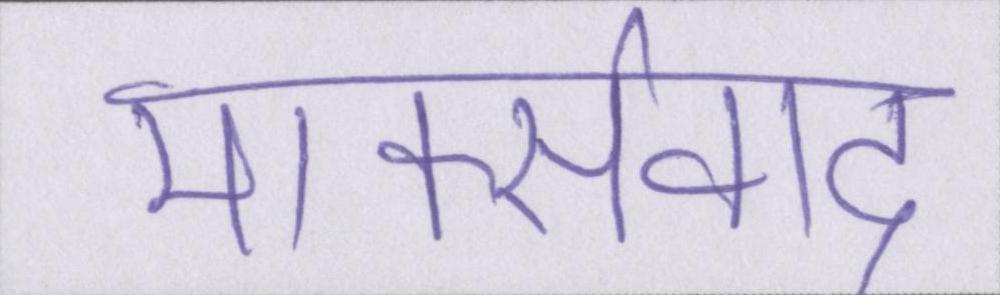
मार्क्सवाद